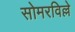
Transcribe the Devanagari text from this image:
सोमरविल्ले